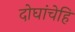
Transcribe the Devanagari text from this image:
दोघांचेहि